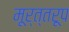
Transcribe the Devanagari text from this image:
मूर्त्तरूप